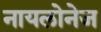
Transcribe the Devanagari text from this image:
नायलोनेज